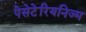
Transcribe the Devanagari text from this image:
पेसेटेरियनिज्म